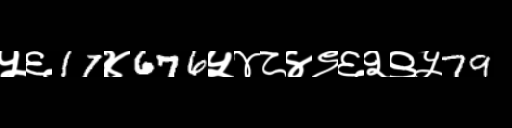
Text: ५६17४676५४८४९६२९५79